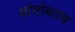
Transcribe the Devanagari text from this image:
यांसोबतच